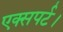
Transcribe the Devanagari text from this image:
एक्सपर्ट।